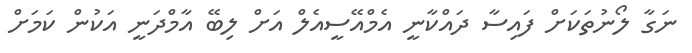
ނަގާ ލޯނުތަކަށް ފައިސާ ދައްކާނީ އެމްއޭސީއެލް އަށް ލިބޭ އާމްދަނީ އަކުން ކަމަށް